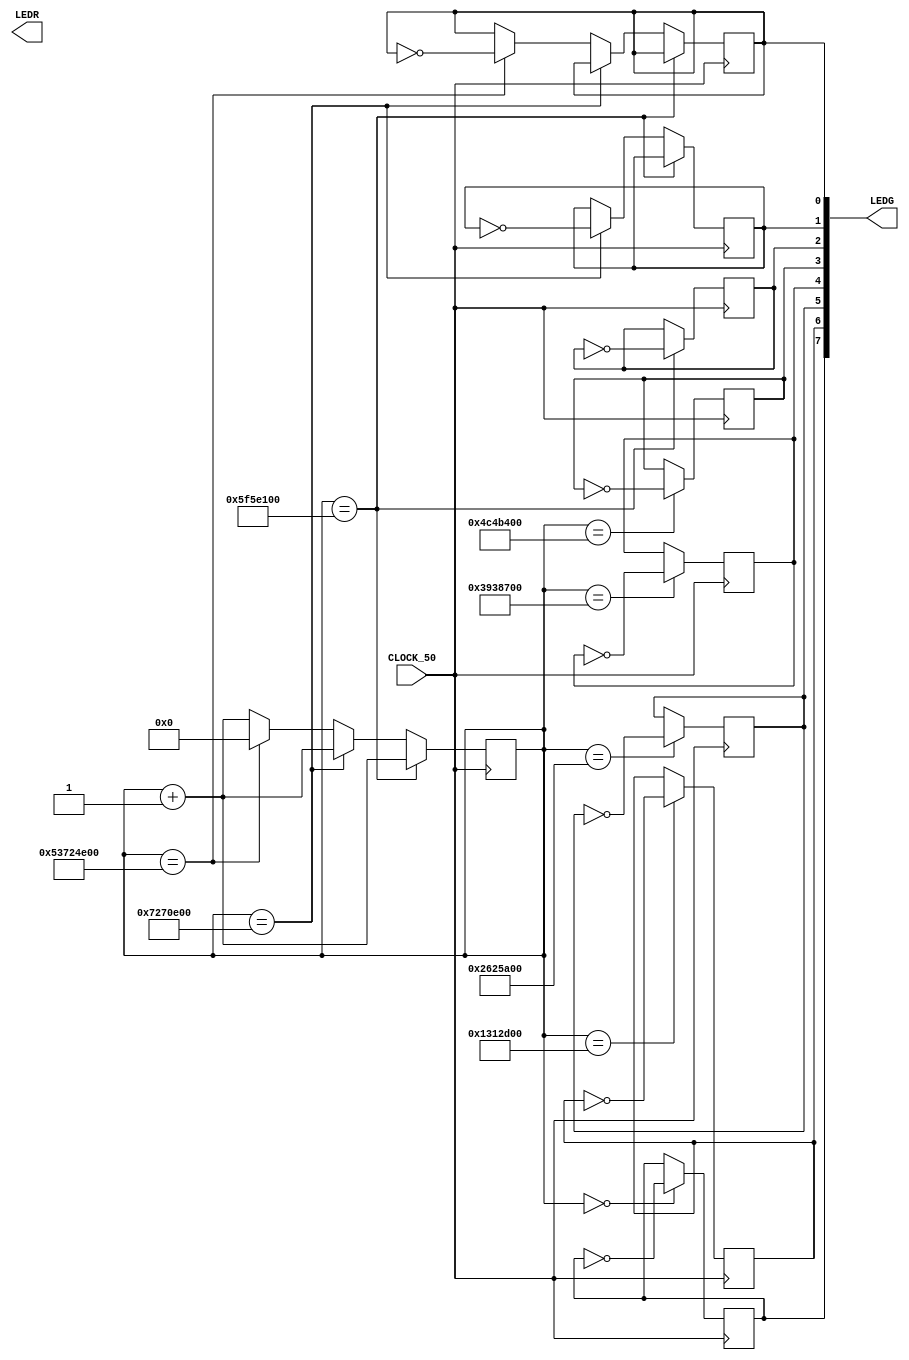
module teste02(input CLOCK_50,
					output [7:0] LEDG,
					output [9:0] LEDR);

	reg [64:0] counter = 0;
	reg lg0 = 0;
	reg lg1 = 1;
	reg lg2 = 2;
	reg lg3 = 3;
	reg lg4 = 4;
	reg lg5 = 5;
	reg lg6 = 6;
	reg lg7 = 7;
	
	assign LEDG[7] = lg7;
	assign LEDG[6] = lg6;
	assign LEDG[5] = lg5;
	assign LEDG[4] = lg4;
	assign LEDG[3] = lg3;
	assign LEDG[2] = lg2;
	assign LEDG[1] = lg1;
	assign LEDG[0] = lg0;

	always @(posedge CLOCK_50) begin
		if(counter == 00000000) begin
			lg7 <= ~lg7;
			counter <= counter + 1;
		end
		if(counter == 20000000) begin
			lg6 <= ~lg6;
			counter <= counter + 1;
		end
		if(counter == 40000000) begin
			lg5 <= ~lg5;
			counter <= counter + 1;
		end
		if(counter == 60000000) begin
			lg4 <= ~lg4;
			counter <= counter + 1;
		end
		if(counter == 80000000) begin
			lg3 <= ~lg3;
			counter <= counter + 1;
		end
		if(counter == 100000000) begin
			lg2 <= ~lg2;
			counter <= counter + 1;
		end
		else if(counter == 120000000) begin
			lg1 <= ~lg1;
			counter <= counter + 1;
		end
		else if(counter == 1400000000) begin
			lg0 <= ~lg0;
			counter <= 0;
		end
		else begin
			counter <= counter + 1;
		end
	end

endmodule